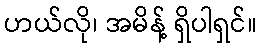
ဟယ်လို၊ အမိန့် ရှိပါရှင်။